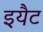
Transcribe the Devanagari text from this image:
इयैट